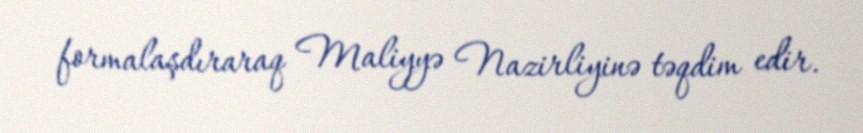
formalaşdıraraq Maliyyə Nazirliyinə təqdim edir.